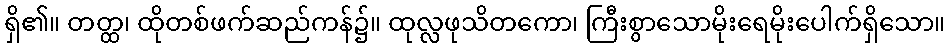
ရှိ၏။ တတ္ထ၊ ထိုတစ်ဖက်ဆည်ကန်၌။ ထုလ္လဖုသိတကော၊ ကြီးစွာသောမိုးရေမိုးပေါက်ရှိသော။